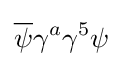
{\overline {\psi }}\gamma ^{a}\gamma ^{5}\psi